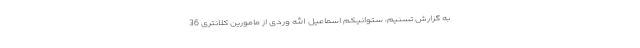
به گزارش تسنیم، ستوانیکم اسماعیل الله وردی از مامورین کلانتری 36